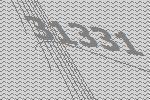
31331